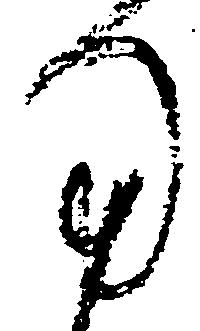
用